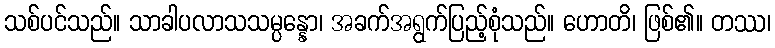
သစ်ပင်သည်။ သာခါပလာသသမ္ပန္နော၊ အခက်အရွက်ပြည့်စုံသည်။ ဟောတိ၊ ဖြစ်၏။ တဿ၊